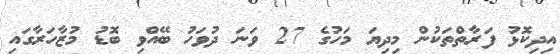
އިދިކޮޅު ފަރާތްތަކުން މިދިޔަ މަހުގެ 27 ވަނަ ދުވަހު ބޭއްވި ބޮޑު މުޒާހަރާގައި